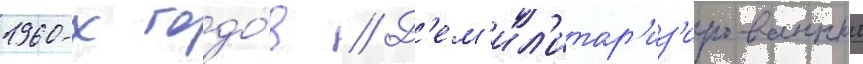
1960-х годо́в // Д'ем'ил'итар'из'ированныи